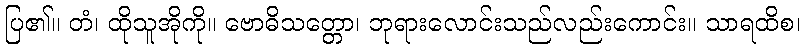
ပြ၏။ တံ၊ ထိုသူအိုကို။ ဗောဓိသတ္တော၊ ဘုရားလောင်းသည်လည်းကောင်း။ သာရထိစ၊